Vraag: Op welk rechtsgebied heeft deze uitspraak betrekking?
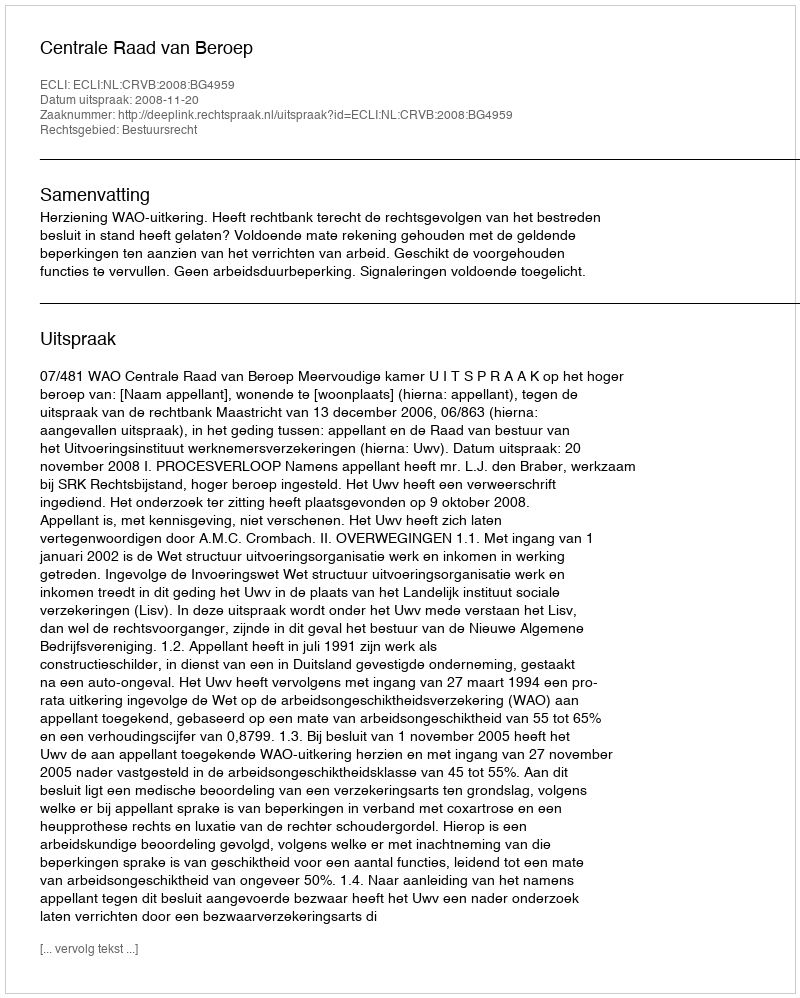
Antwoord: Bestuursrecht